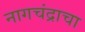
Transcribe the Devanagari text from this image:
नागचंद्राचा